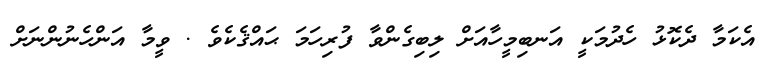
އެކަމާ ދެކޮޅު ހެދުމަކީ އަނބިމީހާއަށް ލިބިގެންވާ ފުރިހަމަ ޙައްޤެކެވެ . ވީމާ އަންހެނުންނަށް